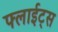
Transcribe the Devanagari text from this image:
फ्लाईट्स